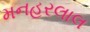
મનહરલાલ